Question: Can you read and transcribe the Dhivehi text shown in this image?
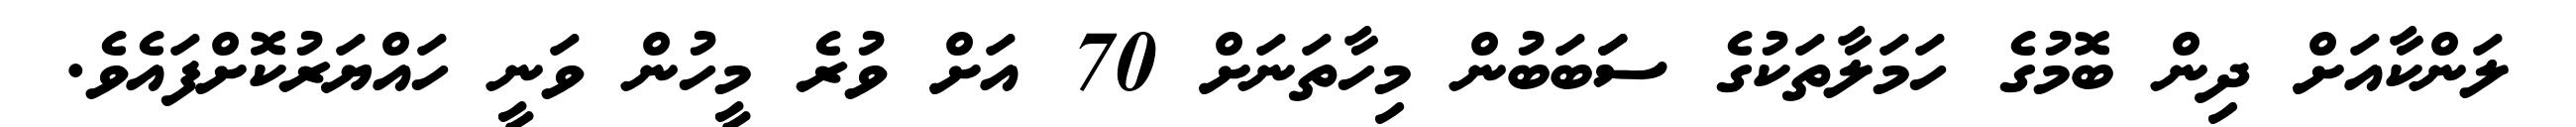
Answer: ލަންކާއަށް ދިން ބޮމުގެ ހަމަލާތަކުގެ ސަަބަބުން މިހާތަނަށް 70 އަށް ވުރެ މީހުން ވަނީ ހައްޔަރުކޮށްފައެވެ.